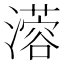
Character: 𤁇